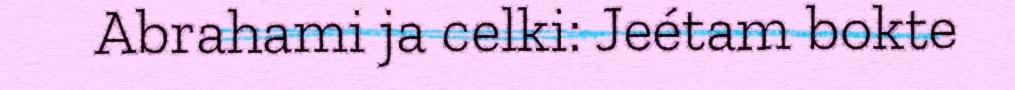
Abrahami ja celki: Jeétam bokte